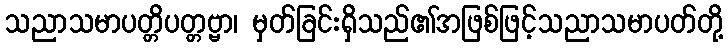
သညာသမာပတ္တိပတ္တဗ္ဗာ၊ မှတ်ခြင်းရှိသည်၏အဖြစ်ဖြင့်သညာသမာပတ်တို့